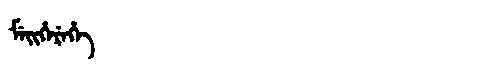
Manchu: ᠮᡝᡳᡥᡝᡵᡝᡥᡝ
Romanization: MEIHEREHE